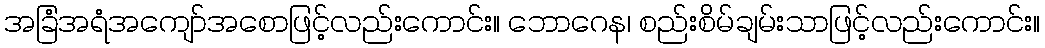
အခြံအရံအကျော်အစောဖြင့်လည်းကောင်း။ ဘောဂေန၊ စည်းစိမ်ချမ်းသာဖြင့်လည်းကောင်း။